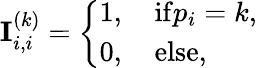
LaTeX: \mathbf{I}_{i,i}^{(k)}=\left\{ \begin{array}{ll}{1,\quad\mathrm{if}p_{i}=k,}\\ {0,\quad\mathrm{else},}\end{array}\right.